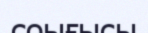
соығысы